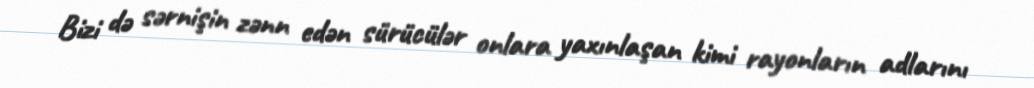
Bizi də sərnişin zənn edən sürücülər onlara yaxınlaşan kimi rayonların adlarını